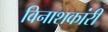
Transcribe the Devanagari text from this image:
विनाशकांरी